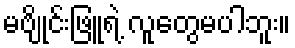
မဗျိုင်းဖြူရဲ့ လူတွေမပါဘူး။